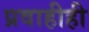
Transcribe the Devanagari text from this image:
प्रवाहीही